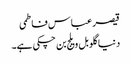
قیصر عباس فاطمی
دنیا گلوبل ویلج بن چکی ہے۔